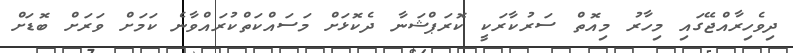
ދިވެހިރާއްޖޭގައި މިހާރު މިއޮތް ސަރުކާރަކީ ކޮރަޕްޝަނާ ދެކޮޅަށް މަސައްކަތްކުރައްވާނެ ކަމަށް ވަރަށް ބޮޑަށް